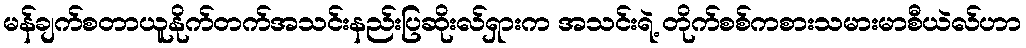
မန်ချက်စတာယူနိုက်တက်အသင်းနည်းပြဆိုးလ်ရှားက အသင်းရဲ့ တိုက်စစ်ကစားသမားမာစီယဲလ်ဟာ